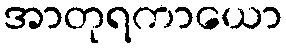
အာတုရကာယော